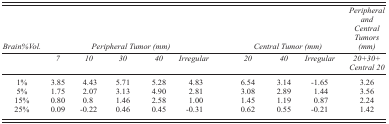
<table><thead><tr><td><b><i>Brain%Vol.</i></b></td><td></td><td colspan="3"><b><i>Peripheral Tumor (mm)</i></b></td><td></td><td colspan="3"><b><i>Central Tumor (mm)</i></b></td><td><b><i>Peripheral and Central Tumors (mm)</i></b></td></tr></thead><tbody><tr><td></td><td><i>7</i></td><td><i>10</i></td><td><i>30</i></td><td><i>40</i></td><td><i>Irregular</i></td><td><i>20</i></td><td><i>40</i></td><td><i>Irregular</i></td><td><i>20+30+ Central 20</i></td></tr><tr><td>1%</td><td>3.85</td><td>4.43</td><td>5.71</td><td>5.28</td><td>4.83</td><td>6.54</td><td>3.14</td><td>‐1.65</td><td>3.26</td></tr><tr><td>5%</td><td>1.75</td><td>2.07</td><td>3.13</td><td>4.90</td><td>2.81</td><td>3.08</td><td>2.89</td><td>1.44</td><td>3.56</td></tr><tr><td>15%</td><td>0.80</td><td>0.8</td><td>1.46</td><td>2.58</td><td>1.00</td><td>1.45</td><td>1.19</td><td>0.87</td><td>2.24</td></tr><tr><td>25%</td><td>0.09</td><td>‐0.22</td><td>0.46</td><td>0.45</td><td>‐0.31</td><td>0.62</td><td>0.55</td><td>‐0.21</td><td>1.42</td></tr></tbody></table>